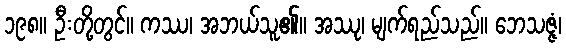
၁၉၈။ ဦးတို့တွင်။ ကဿ၊ အဘယ်သူ၏။ အဿု၊ မျက်ရည်သည်။ ဘေသဇ္ဇံ၊